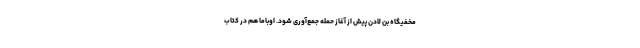
مخفیگاه بن لادن پیش از آغاز حمله جمع‌آوری شود. اوباما هم در کتاب